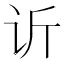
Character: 䜣